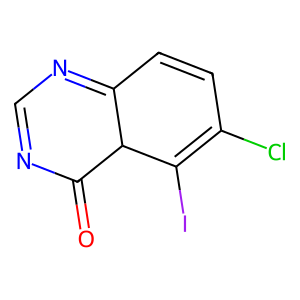
SMILES: O=C1N=CN=C2C=CC(Cl)=C(I)C12
Inhibits HIV replication: No